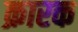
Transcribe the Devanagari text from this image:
क्रारक